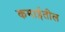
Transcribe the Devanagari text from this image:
कमाईतील